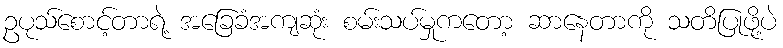
ဥပုသ်စောင့်တာရဲ့ အခြေခံအကျဆုံး စမ်းသပ်မှုကတော့ ဆာနေတာကို သတိပြုဖို့ပဲ